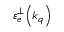
\mathinner { \varepsilon _ { e } ^ { \perp } \mathopen { \left( k _ { q } \right) } }